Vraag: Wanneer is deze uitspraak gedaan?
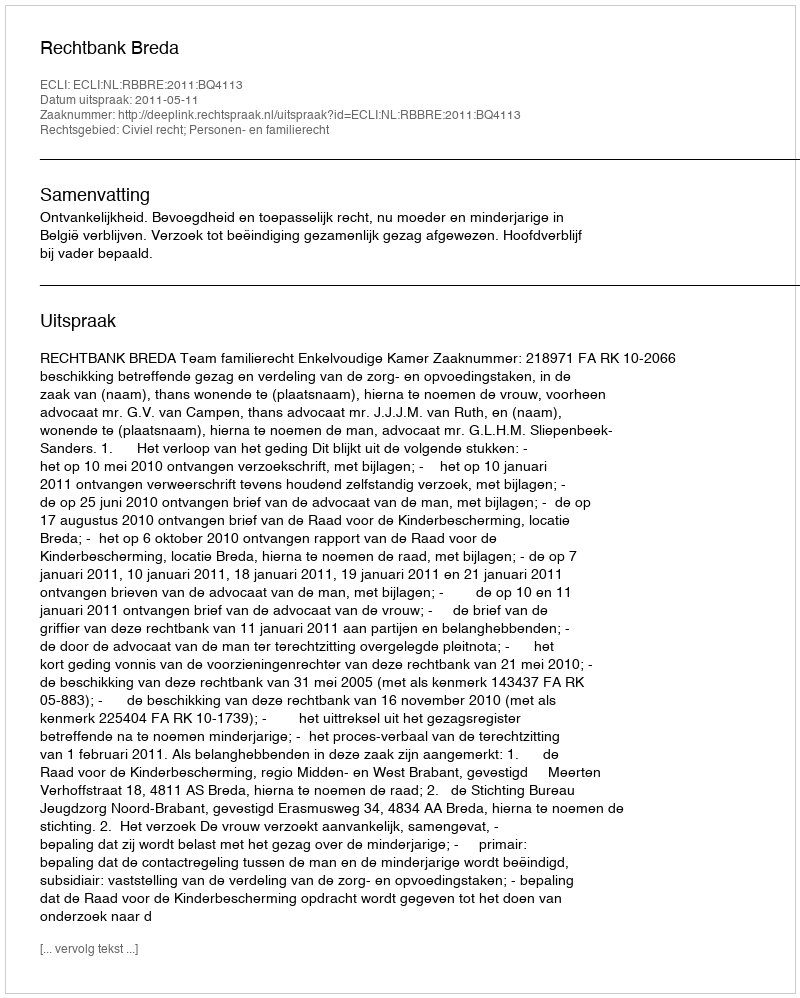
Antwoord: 2011-05-11